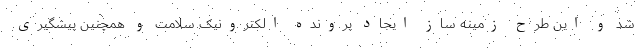
شد و این طرح زمینه ساز ایجاد پرونده الکترونیک سلامت و همچنین پیشگیری